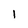
Character: l